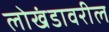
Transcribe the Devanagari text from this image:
लोखंडावरील